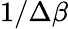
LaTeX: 1/\Delta\beta